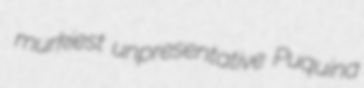
murkiest unpresentative Puquina